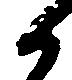
候